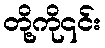
တို့ကို၎င်း